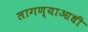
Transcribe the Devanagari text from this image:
लागण्याआधी